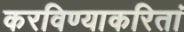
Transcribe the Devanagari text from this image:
करविण्याकरितां